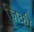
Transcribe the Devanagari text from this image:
ज़िक्री